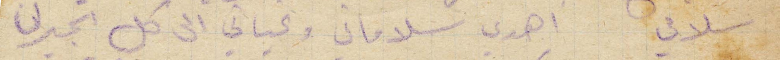
سلامي اهدي سلاماتي وتحياتي الى كل الجيران